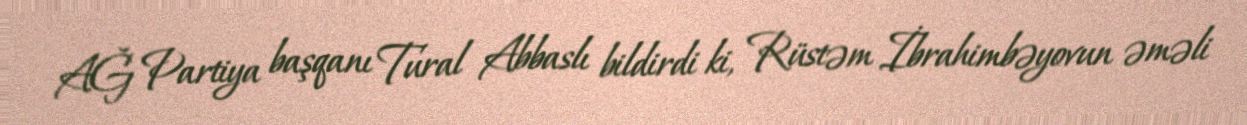
AĞ Partiya başqanı Tural Abbaslı bildirdi ki, Rüstəm İbrahimbəyovun əməli